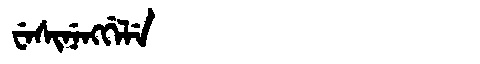
Manchu: ᠸᡝᠰᡳᠨᡝᠩᡤᡝᠯᡝ
Romanization: WESINENGGELE